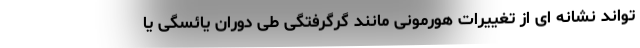
تواند نشانه ای از تغییرات هورمونی مانند گرگرفتگی طی دوران یائسگی یا